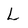
Character: L